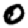
Digit: 0